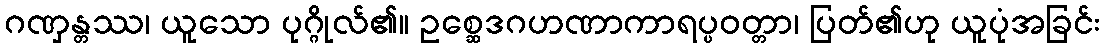
ဂဏှန္တဿ၊ ယူသော ပုဂ္ဂိုလ်၏။ ဥစ္ဆေဒဂဟဏာကာရပ္ပဝတ္တာ၊ ပြတ်၏ဟု ယူပုံအခြင်း